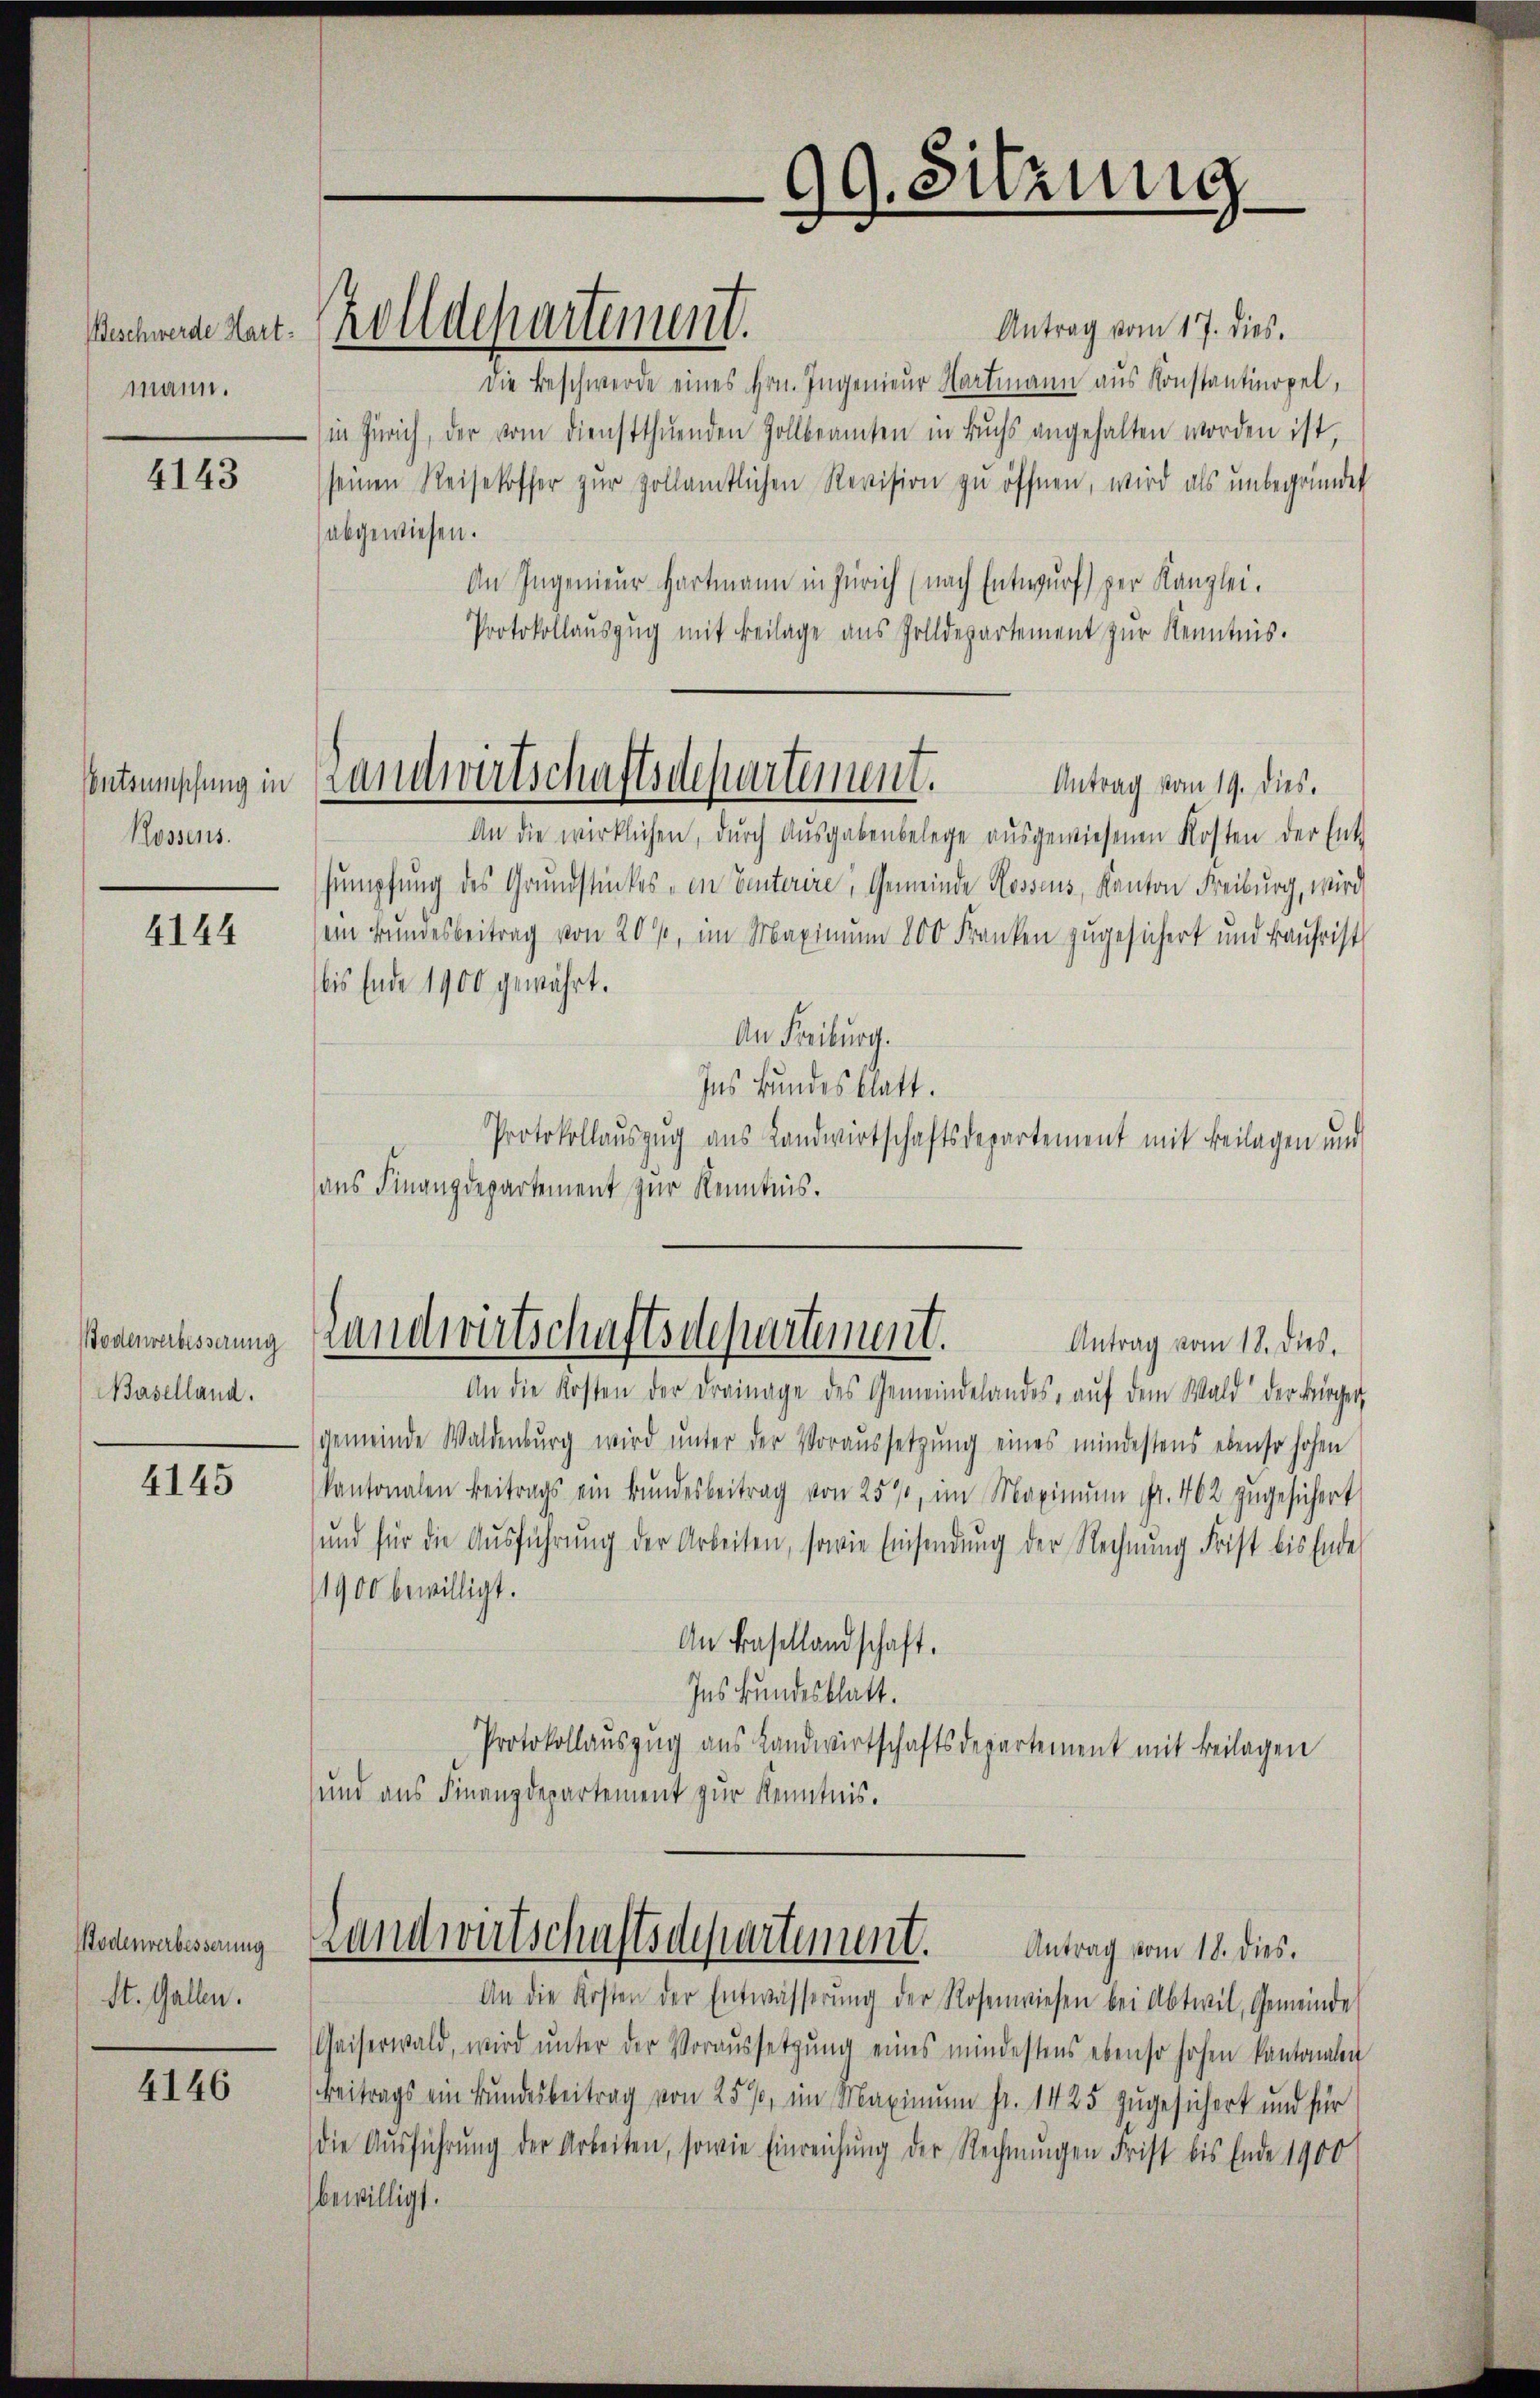
mann.

4143

Entsumschung in
Rossens.

4144

Bodenverbesserung
Baselland.

4145

Sodenverbesserung
St. Gallen.

4146

Sachende Art. Polldepartement.

Antrag vom 17. dies.
Die Beschwerde eines Hrn. Ingenieur Hartmann aus Konstantinopel,
in Zürich, der vom Dienstthuenden Zollbeamten in Buchs angehalten worden ist,
seinen Reisekoffer zŭr Zollamtlichen Revision zu öffnen, wird als unbegründet
(abgewiesen.
An Ingenieur Hartmann in Zürich (nach Entwurf) per Kanzlei.
Protokollaŭszŭg mit Beilage aus Zolldepartement zŭr Kenntnis.
Landwirtschaftsdepartement. Antrag vom 19. dies
An die wirklichen, durch Ausgabenbelege aŭsgewiesenen Kosten der Ent-
sumpfung des Grundstückes - in Einterire, Gemeinde Rossens, Kanton Freiburg, wird
sein Bundesbeitrag von 20%, im Maximum 800 Franken zugesichert und kaufrist
bis Ende 1900 gewährt.
An Freiburg.
Ins Bundesblatt.
Protokollauszug aus Landwirtschaftsdepartement mit Beilagen und
aus Finanzdepartement zur Kenntnis.

Antrag vom 18. dies.
An die Kosten der Drainage des Gemeindelandes, aŭf dem Wald der Bürger,
gemeinde Waldenbŭrg wird ŭnter der Voraŭssetzŭng eines mindestens ebenso hohen
kantonalen Beitrags ein Bŭndesbeitrag von 25%, im Maximŭm fr. 462 zugesichert
ŭnd für die Aŭsführŭng der Arbeiten, sowie Einsendŭng der Rechnŭng Frist bis Ende
1900 bewilligt.
An Basellandschaft.
Ins Bundesblatt.
Protokollauszug aus Landwirtschaftsdepartement mit Beilagen
und aus Finanzdepartement zur Kenntnis.

Landwirtschaftsdepartement.

99. Sitzung

Landwirtschaftsdepartement.
Antrag vom 18. dies.

An die Kosten der Entwässerŭng der Rosenwiesen bei Abteil, Gemeinde
Caiserwald, wird ŭnter der Voraussetzŭng eines mindestens ebenso hohen kantonalen
Beitrags ein Bundesbeitrag von 25%, im Maximum fr. 1425 zugesichert und für
die Aŭsführŭng der Arbeiten, sowie Einreichŭng der Rechnŭngen Frist bis Ende 1900
bewilligt.